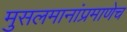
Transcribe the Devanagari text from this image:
मुसलमानांप्रमाणेच